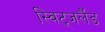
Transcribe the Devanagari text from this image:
स्विट्जर्लैंड